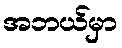
အဘယ်မှာ